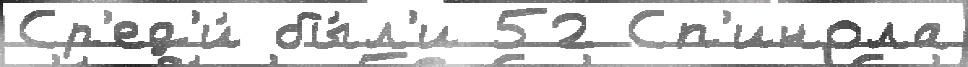
Ср'ед'и́ бы́л'и 52 Сп'инола